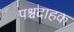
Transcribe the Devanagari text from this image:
पश्चदाहक